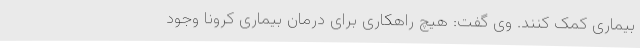
بیماری کمک کنند. وی گفت: هیچ راهکاری برای درمان بیماری کرونا وجود